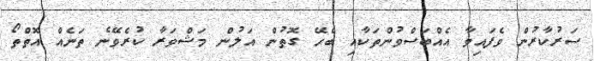
ސަރުކާރުން ވެފައިވާ އެއްބަސްވުންތަކާއި ބެހޭ ގޮތުން އަލުން މަޝްވަރާ ކުރެވޭނެ ތަނެއް އޮތްތޯ